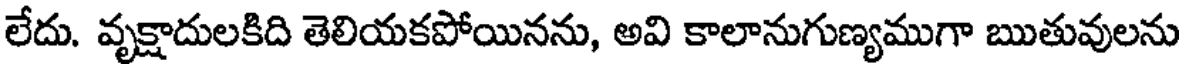
లేదు. వృక్షాదులకిది తెలియకపోయినను, అవి కాలానుగుణ్యముగా ఋతువులను